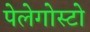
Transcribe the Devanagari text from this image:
पेलेगोस्टो